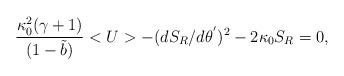
LaTeX: \begin{align*}\frac{\kappa_0^2(\gamma+1)}{(1-\tilde{b})}<U>-(d{S_{R}}/{d\theta^{'}})^{2}-2\kappa_0 S_{R}=0,\end{align*}